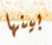
بينها